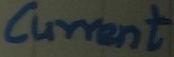
Text: current OUT